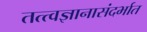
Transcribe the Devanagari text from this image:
तत्त्वज्ञानासंदर्भात